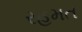
રહમત